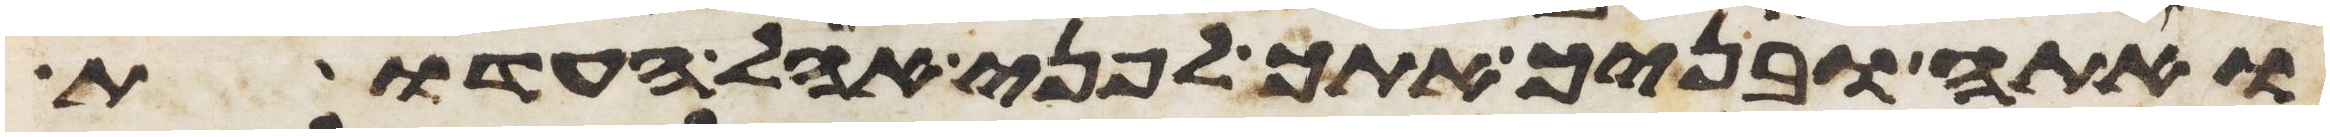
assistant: ואתה ובניך אתך לפני אהל העדות